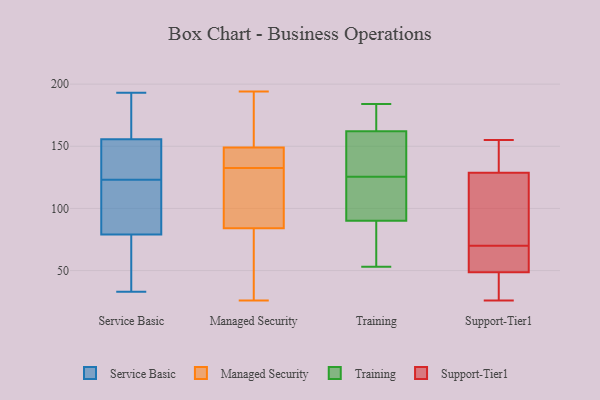
{"axis": {"x": "Net Income (USD K)", "y": "Value"}, "legend": ["Managed Security", "Service Basic", "Support-Tier1", "Training"], "data": [{"x": "", "y": 71, "type": "Service Basic"}, {"x": "", "y": 38, "type": "Service Basic"}, {"x": "", "y": 33, "type": "Service Basic"}, {"x": "", "y": 73, "type": "Service Basic"}, {"x": "", "y": 123, "type": "Service Basic"}, {"x": "", "y": 193, "type": "Service Basic"}, {"x": "", "y": 140, "type": "Service Basic"}, {"x": "", "y": 156, "type": "Service Basic"}, {"x": "", "y": 97, "type": "Service Basic"}, {"x": "", "y": 173, "type": "Service Basic"}, {"x": "", "y": 112, "type": "Service Basic"}, {"x": "", "y": 117, "type": "Service Basic"}, {"x": "", "y": 155, "type": "Service Basic"}, {"x": "", "y": 158, "type": "Service Basic"}, {"x": "", "y": 128, "type": "Service Basic"}, {"x": "", "y": 142, "type": "Managed Security"}, {"x": "", "y": 103, "type": "Managed Security"}, {"x": "", "y": 129, "type": "Managed Security"}, {"x": "", "y": 123, "type": "Managed Security"}, {"x": "", "y": 71, "type": "Managed Security"}, {"x": "", "y": 144, "type": "Managed Security"}, {"x": "", "y": 194, "type": "Managed Security"}, {"x": "", "y": 77, "type": "Managed Security"}, {"x": "", "y": 26, "type": "Managed Security"}, {"x": "", "y": 192, "type": "Managed Security"}, {"x": "", "y": 149, "type": "Managed Security"}, {"x": "", "y": 84, "type": "Managed Security"}, {"x": "", "y": 144, "type": "Managed Security"}, {"x": "", "y": 136, "type": "Managed Security"}, {"x": "", "y": 45, "type": "Managed Security"}, {"x": "", "y": 117, "type": "Managed Security"}, {"x": "", "y": 158, "type": "Managed Security"}, {"x": "", "y": 189, "type": "Managed Security"}, {"x": "", "y": 70, "type": "Training"}, {"x": "", "y": 149, "type": "Training"}, {"x": "", "y": 178, "type": "Training"}, {"x": "", "y": 53, "type": "Training"}, {"x": "", "y": 136, "type": "Training"}, {"x": "", "y": 90, "type": "Training"}, {"x": "", "y": 108, "type": "Training"}, {"x": "", "y": 115, "type": "Training"}, {"x": "", "y": 184, "type": "Training"}, {"x": "", "y": 162, "type": "Training"}, {"x": "", "y": 63, "type": "Support-Tier1"}, {"x": "", "y": 28, "type": "Support-Tier1"}, {"x": "", "y": 26, "type": "Support-Tier1"}, {"x": "", "y": 134, "type": "Support-Tier1"}, {"x": "", "y": 46, "type": "Support-Tier1"}, {"x": "", "y": 155, "type": "Support-Tier1"}, {"x": "", "y": 104, "type": "Support-Tier1"}, {"x": "", "y": 70, "type": "Support-Tier1"}, {"x": "", "y": 138, "type": "Support-Tier1"}, {"x": "", "y": 113, "type": "Support-Tier1"}, {"x": "", "y": 57, "type": "Support-Tier1"}]}